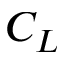
C _ { L }